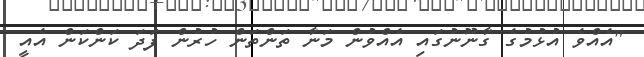
"އެއްވެ އުޅުމުގެ ގާނޫނުގައި އެއްވުން މަނާ ތަންތަން ހުރުން ފަދަ ކަންކަން އެއީ